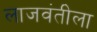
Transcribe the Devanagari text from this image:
लाजवंतीला